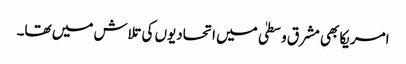
امریکا بھی مشرق وسطیٰ میں اتحادیوں کی تلاش میں تھا۔